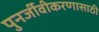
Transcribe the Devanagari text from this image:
पुनर्जीवीकरणासाठी